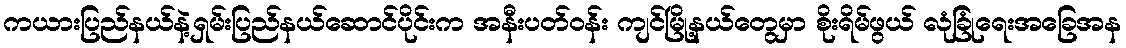
ကယားပြည်နယ်နဲ့ရှမ်းပြည်နယ်ဆောင်ပိုင်းက အနီးပတ်ဝန်း ကျင်မြို့နယ်တွေမှာ စိုးရိမ်ဖွယ် လုံခြုံရေးအခြေအန